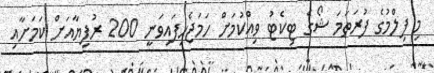
މި ފިލްމުގެ ފުރަތަމަ ޝޯގެ ޓިކެޓު ވިއްކުމަށް ހަމަޖެހިފައިވަނީ 200 ރުފިޔާއަށް ކަމަށާއި